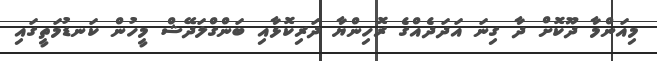
މިއަންމާ ދޫކޮށް ދާ ގިނަ އަދަދެއްގެ ރޮހިންޔާ ދަރިކޮޅާއި ބަންގްލަދޭޝް މީހުން ކަނޑުމަތީގައި